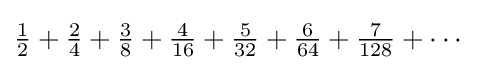
{\tfrac {1}{2}}+{\tfrac {2}{4}}+{\tfrac {3}{8}}+{\tfrac {4}{16}}+{\tfrac {5}{32}}+{\tfrac {6}{64}}+{\tfrac {7}{128}}+\cdots